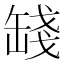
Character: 𦈻